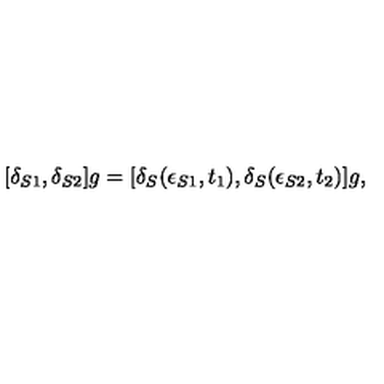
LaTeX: [ \delta _ { S 1 } , \delta _ { S 2 } ] g = [ \delta _ { S } ( \epsilon _ { S 1 } , t _ { 1 } ) , \delta _ { S } ( \epsilon _ { S 2 } , t _ { 2 } ) ] g ,